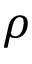
\rho